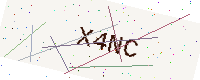
Text: X4NC